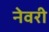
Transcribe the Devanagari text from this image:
नेवरी